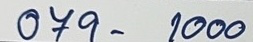
079 - 1000